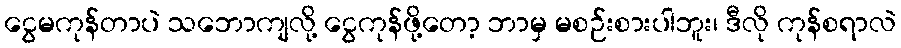
ငွေမကုန်တာပဲ သဘောကျလို့ ငွေကုန်ဖို့တော့ ဘာမှ မစဉ်းစားပါဘူး၊ ဒီလို ကုန်စရာလဲ